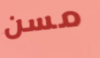
مسن